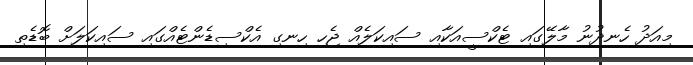
މިއަދު ހެނދުނު މާލޭގައި ޓެކްސީއަކާއި ސައިކަލެއް ޖެހި ހިނގި އެކްސިޑެންޓެއްގައި ސައިކަލަށް ބޮޑެތި